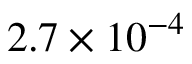
2 . 7 \times 1 0 ^ { - 4 }